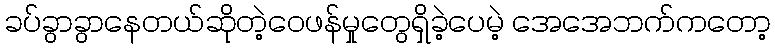
ခပ်ခွာခွာနေတယ်ဆိုတဲ့ဝေဖန်မှုတွေရှိခဲ့ပေမဲ့ အေအေဘက်ကတော့